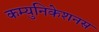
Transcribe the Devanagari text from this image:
कम्युनिकेशनस